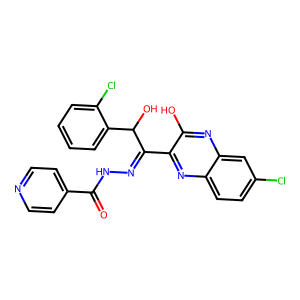
SMILES: O=C(NN=C(c1nc2ccc(Cl)cc2nc1O)C(O)c1ccccc1Cl)c1ccncc1
Inhibits HIV replication: No